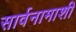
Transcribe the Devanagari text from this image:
सार्वनामाशी